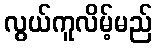
လွယ်ကူလိမ့်မည်